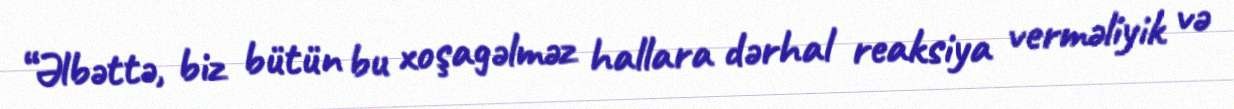
“Əlbəttə, biz bütün bu xoşagəlməz hallara dərhal reaksiya verməliyik və